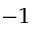
^ { - 1 }